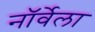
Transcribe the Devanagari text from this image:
नॉर्वेला